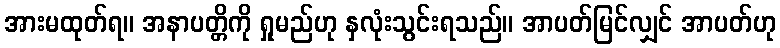
အားမထုတ်ရ။ အနာပတ္တိကို ရှုမည်ဟု နှလုံးသွင်းရသည်။ အာပတ်မြင်လျှင် အာပတ်ဟု